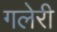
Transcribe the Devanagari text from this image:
गलेरी